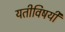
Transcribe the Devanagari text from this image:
यतीविषयी